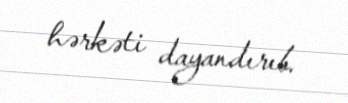
hərkəti dayandırıb.